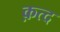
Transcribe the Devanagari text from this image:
क़त्द